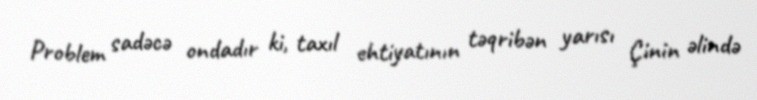
Problem sadəcə ondadır ki, taxıl ehtiyatının təqribən yarısı Çinin əlində